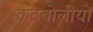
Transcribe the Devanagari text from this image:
कठबोलीयों